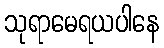
သုရာမေရယပါနေ